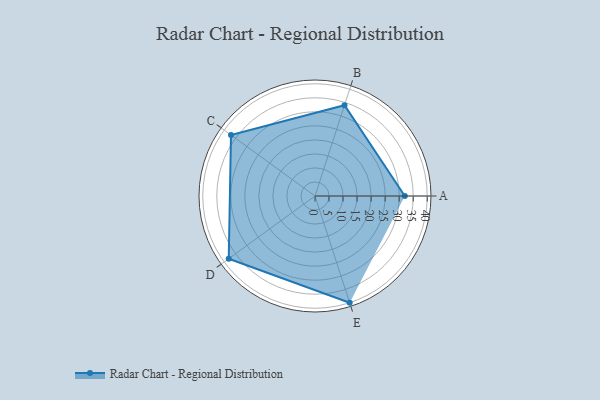
{"axis": {"x": "Skill", "y": "Score"}, "legend": ["Profile"], "data": [{"x": "A", "y": 32.0, "type": "Profile"}, {"x": "B", "y": 34.0, "type": "Profile"}, {"x": "C", "y": 37.0, "type": "Profile"}, {"x": "D", "y": 38.0, "type": "Profile"}, {"x": "E", "y": 40.0, "type": "Profile"}]}